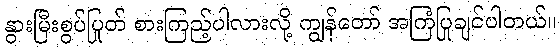
နွားမြီးစွပ်ပြုတ် စားကြည့်ပါလားလို့ ကျွန်တော် အကြံပြုချင်ပါတယ်။